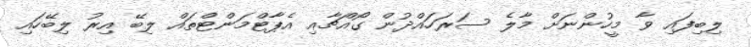
ލިބިފައި ވާ މީހުންނަށް މާލެ ސަރަހައްދުން ގޯއްޗާއި އެޕާޓްމަންޓްތައް ލިބޭ އިރު ލިބޭހައި